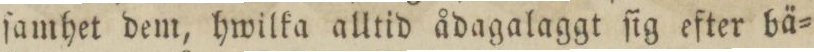
ſamhet dem, hwilka alltid ådagalaggt ſig efter bä=